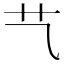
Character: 𦫴